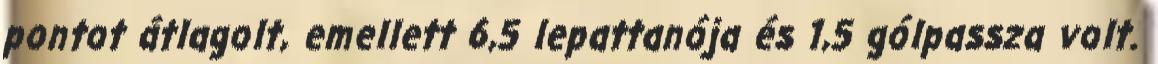
pontot átlagolt, emellett 6,5 lepattanója és 1,5 gólpassza volt.